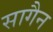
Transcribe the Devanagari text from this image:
सागैन